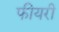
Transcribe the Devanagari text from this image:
फीयरी